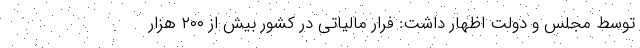
توسط مجلس و دولت اظهار داشت: فرار مالیاتی در کشور بیش از ۲۰۰ هزار